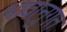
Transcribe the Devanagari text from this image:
भावानुगत